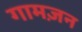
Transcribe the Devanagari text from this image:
गामज़न